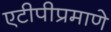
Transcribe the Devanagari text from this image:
एटीपीप्रमाणे